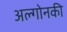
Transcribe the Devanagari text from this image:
अल्गोनकी